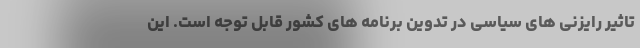
تاثیر رایزنی های سیاسی در تدوین برنامه های کشور قابل توجه است. این